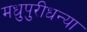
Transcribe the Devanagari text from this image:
मधुपुरीधन्या